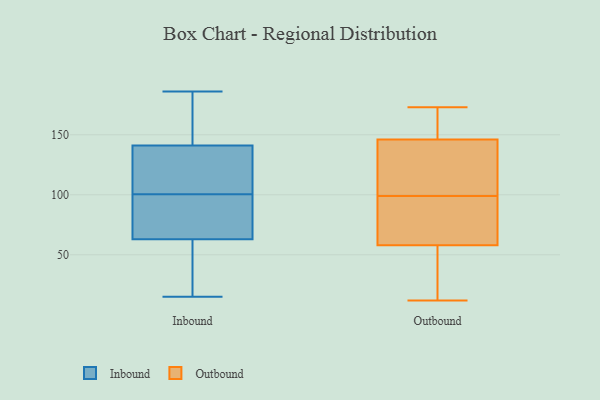
{"axis": {"x": "Website Visitors", "y": "Value"}, "legend": ["Inbound", "Outbound"], "data": [{"x": "", "y": 118, "type": "Inbound"}, {"x": "", "y": 172, "type": "Inbound"}, {"x": "", "y": 15, "type": "Inbound"}, {"x": "", "y": 55, "type": "Inbound"}, {"x": "", "y": 129, "type": "Inbound"}, {"x": "", "y": 55, "type": "Inbound"}, {"x": "", "y": 91, "type": "Inbound"}, {"x": "", "y": 47, "type": "Inbound"}, {"x": "", "y": 81, "type": "Inbound"}, {"x": "", "y": 186, "type": "Inbound"}, {"x": "", "y": 173, "type": "Inbound"}, {"x": "", "y": 153, "type": "Inbound"}, {"x": "", "y": 104, "type": "Inbound"}, {"x": "", "y": 71, "type": "Inbound"}, {"x": "", "y": 106, "type": "Inbound"}, {"x": "", "y": 97, "type": "Inbound"}, {"x": "", "y": 56, "type": "Outbound"}, {"x": "", "y": 58, "type": "Outbound"}, {"x": "", "y": 73, "type": "Outbound"}, {"x": "", "y": 148, "type": "Outbound"}, {"x": "", "y": 133, "type": "Outbound"}, {"x": "", "y": 39, "type": "Outbound"}, {"x": "", "y": 82, "type": "Outbound"}, {"x": "", "y": 116, "type": "Outbound"}, {"x": "", "y": 173, "type": "Outbound"}, {"x": "", "y": 12, "type": "Outbound"}, {"x": "", "y": 71, "type": "Outbound"}, {"x": "", "y": 146, "type": "Outbound"}, {"x": "", "y": 160, "type": "Outbound"}, {"x": "", "y": 117, "type": "Outbound"}]}